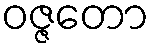
ဝဇ္ဇတော